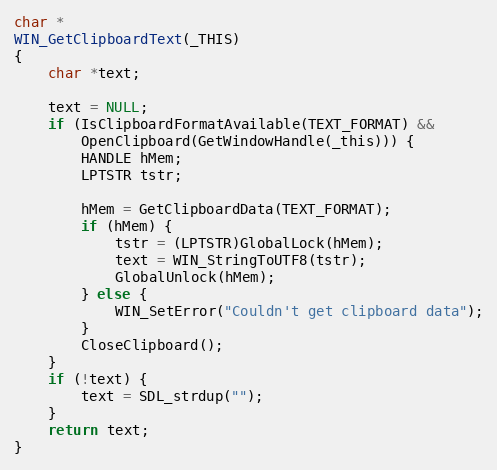
Language: C
char *
WIN_GetClipboardText(_THIS)
{
    char *text;

    text = NULL;
    if (IsClipboardFormatAvailable(TEXT_FORMAT) &&
        OpenClipboard(GetWindowHandle(_this))) {
        HANDLE hMem;
        LPTSTR tstr;

        hMem = GetClipboardData(TEXT_FORMAT);
        if (hMem) {
            tstr = (LPTSTR)GlobalLock(hMem);
            text = WIN_StringToUTF8(tstr);
            GlobalUnlock(hMem);
        } else {
            WIN_SetError("Couldn't get clipboard data");
        }
        CloseClipboard();
    }
    if (!text) {
        text = SDL_strdup("");
    }
    return text;
}